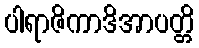
ပါရာဇိကာဒိအာပတ္တိ